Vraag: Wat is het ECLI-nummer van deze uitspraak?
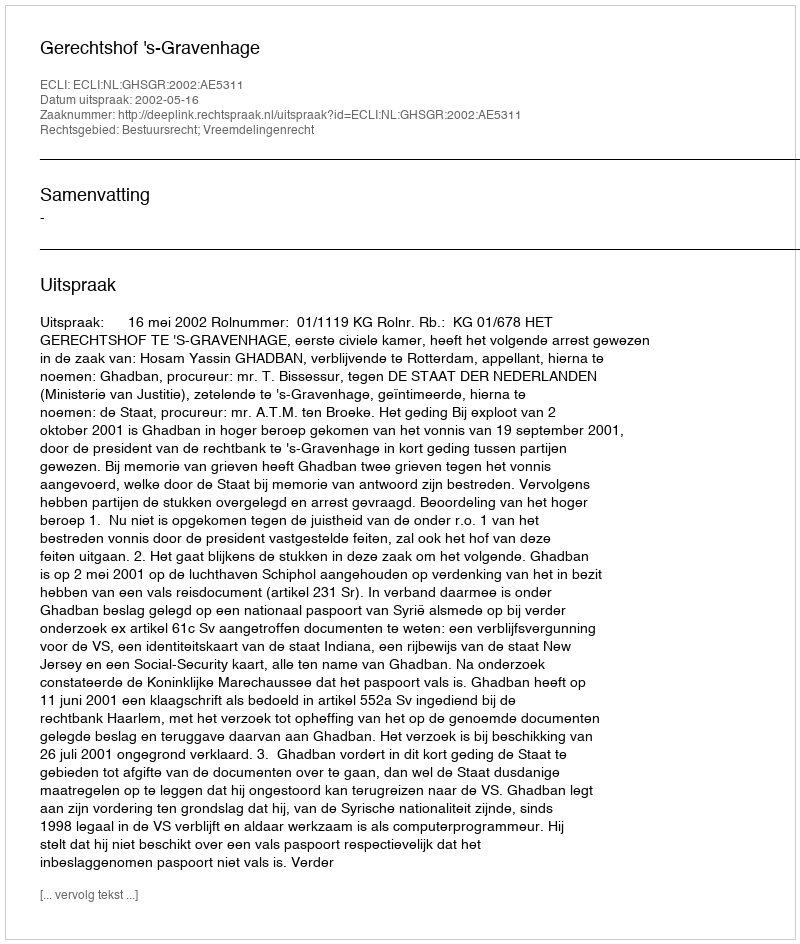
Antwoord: ECLI:NL:GHSGR:2002:AE5311